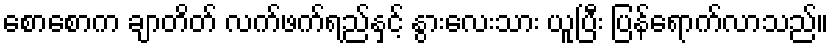
စောစောက ချာတိတ် လက်ဖက်ရည်နှင့် နွားလေးသား ယူပြီး ပြန်ရောက်လာသည်။